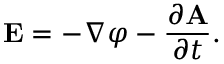
\mathbf { E } = - \nabla \varphi - { \frac { \partial \mathbf { A } } { \partial t } } .